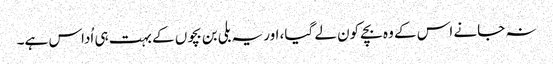
نہ جانے اس کے وہ بچے کون لے گیا، اور یہ بلی بن بچوں کے بہت ہی اُداس ہے۔